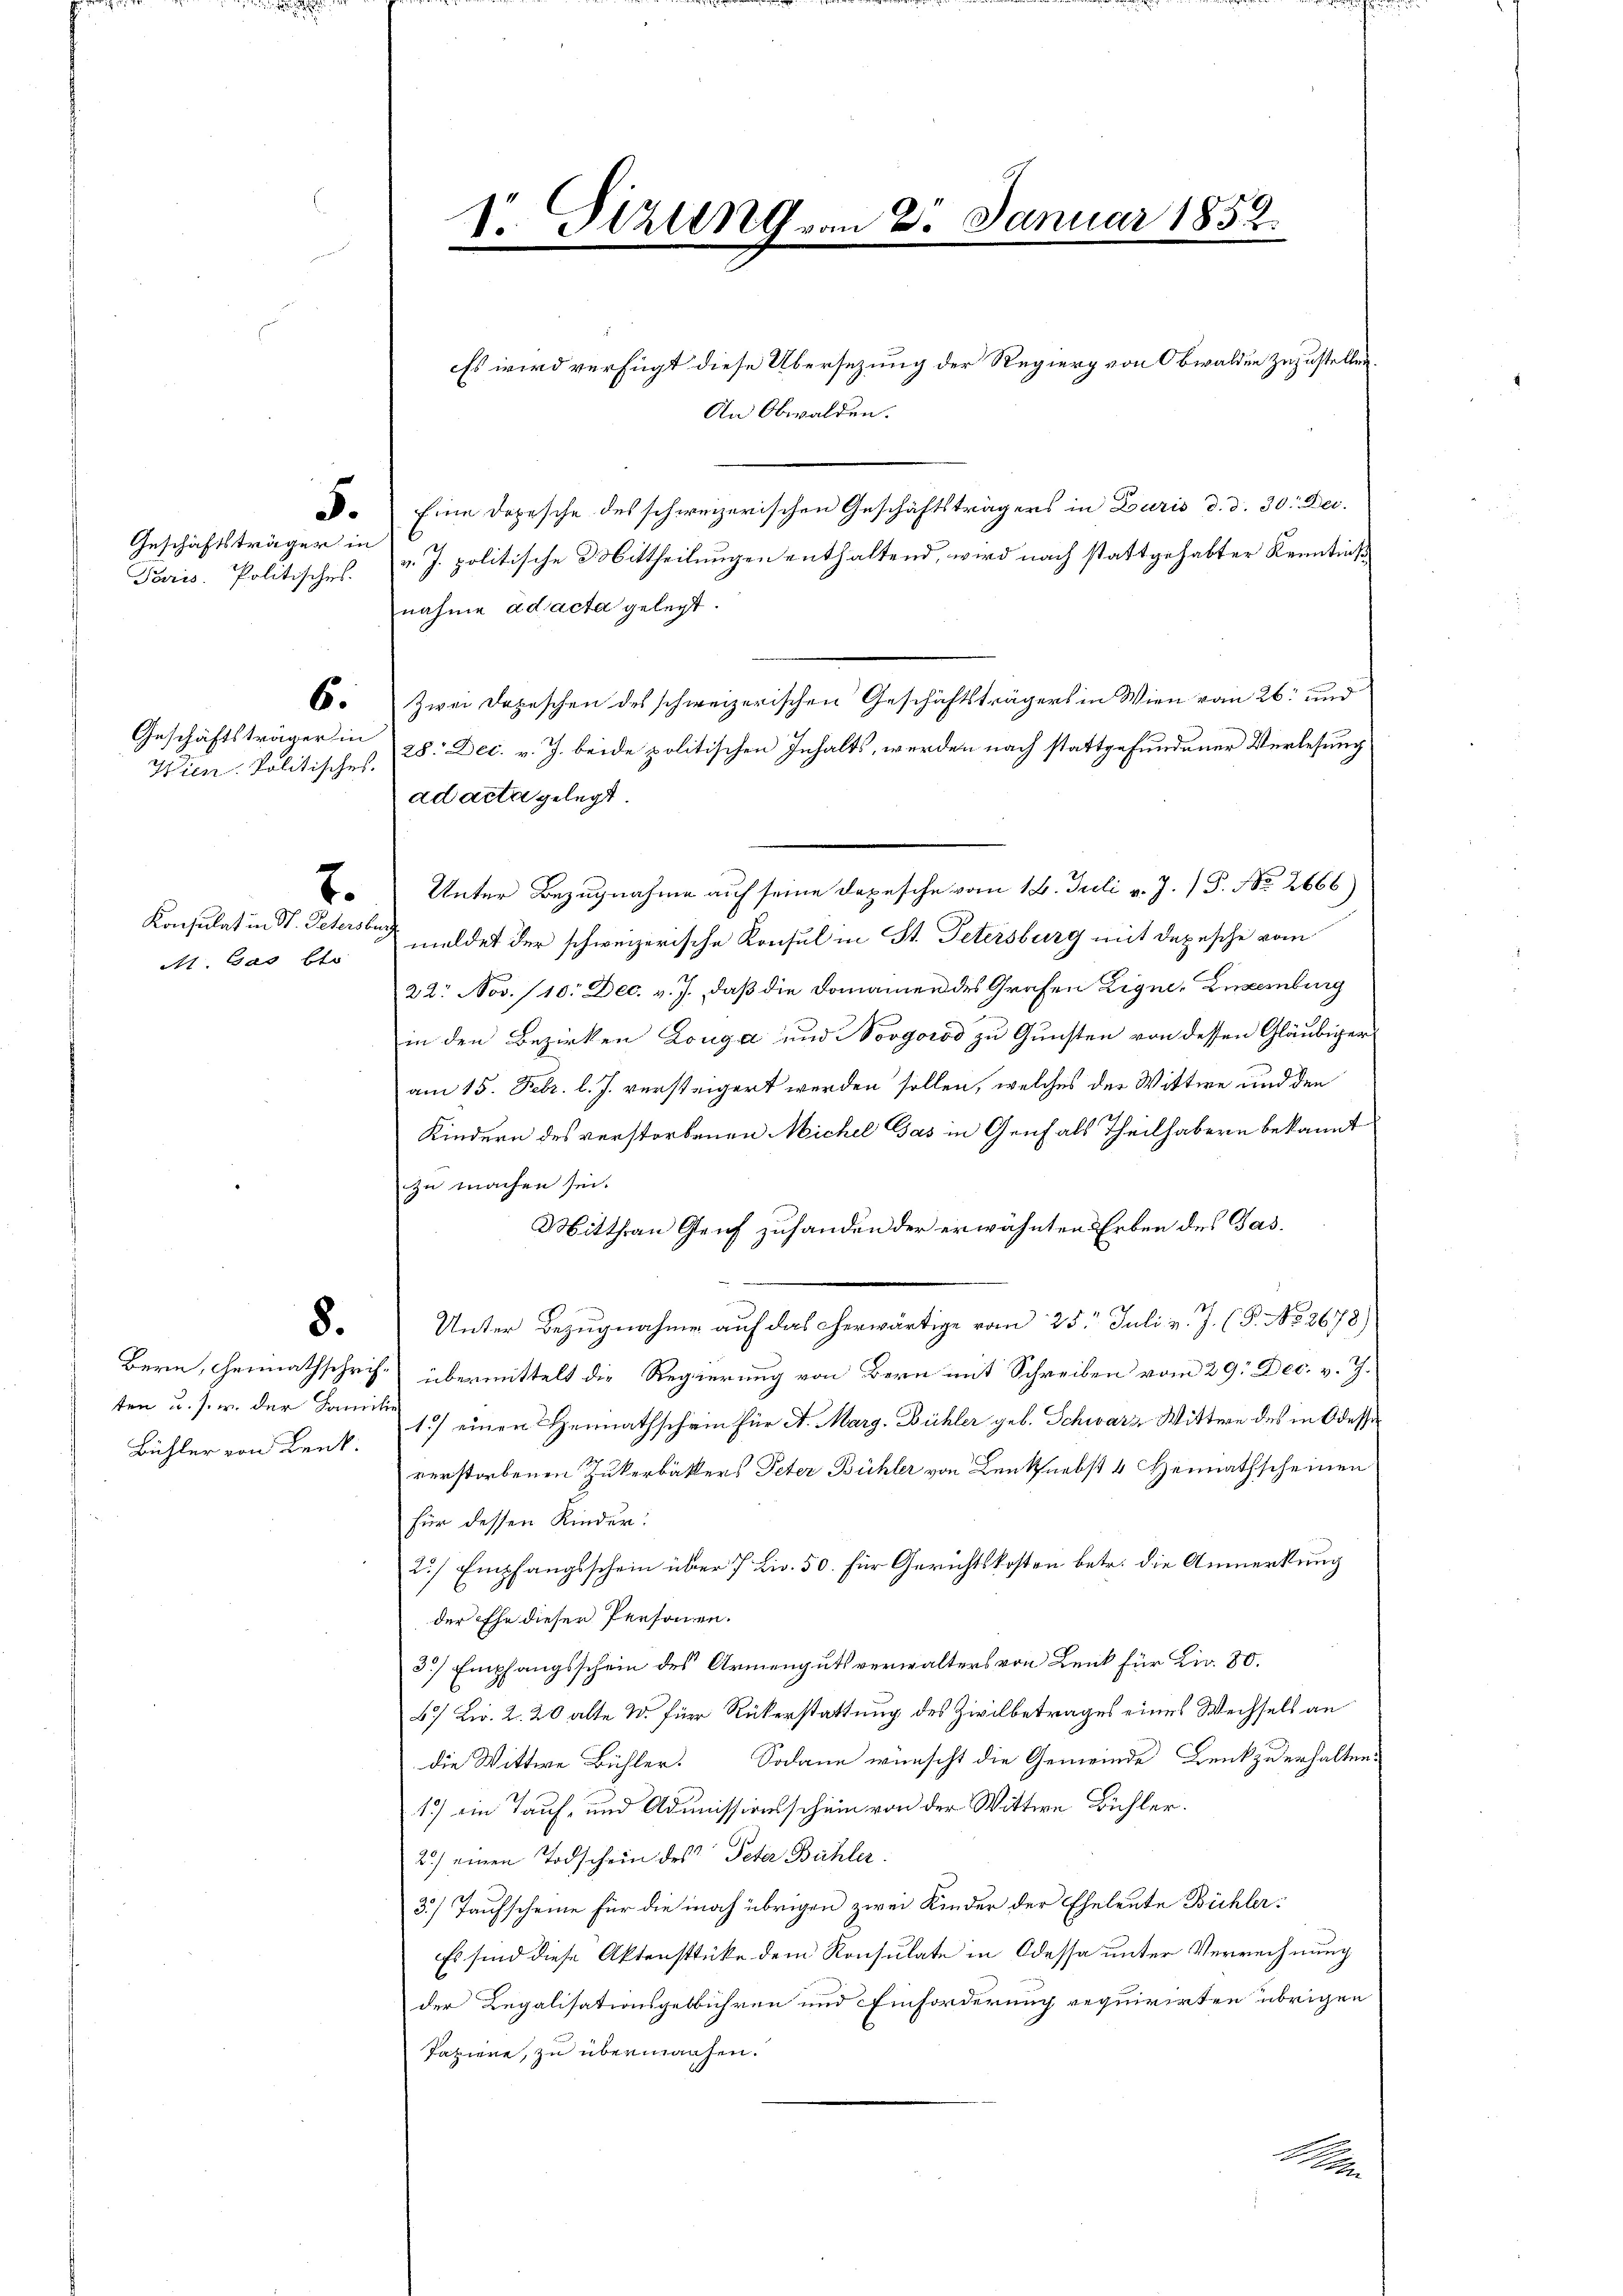
Geschäftsträger in
Paris. Politisches.

Geschäftsträger in
Wien Politisches.

6.

At. Gas blo

7.

8.

ten u. s. w. der Familie
Bühler von Lenk.

S. Sizung vom 2. Januar 1852.

Es wird verfügt diese Übersezung der Regierg von Obwalden zuzustellen.
An Obwalden.
d. Eine Depesche des schweizerischen Geschäftsträgers in Zuris d. d. 30. Dec.
v. J. politische Mittheilungen enthaltend, wird nach stattgehabter Kenntniß
nahme ad acta gelegt.
Zwei Depeschen des schweizerischen Geschäftsträgers in Wien vom 26. und
28. Dec. v. J. beide politischen Inhalts, werden nach stattgefundener Verlesung
ad acta gelegt
Unter Bezugnahme auf seine Depesche vom 18. Juli v. J. P. No. 2666)
Konsulat in St. Petersburg meldet der schweizerische Konsul in St. Petersburg mit Depesche vom
22. Nov. 10. Dec. v. J., daß die Domainen des Grafen Eigne, Luxenburg
in den Bezirken Louga und Norgorod zu Gunsten von dessen Gläubigeram 15. Febr. l. J. versteigert werden sollen, welches der Wittwe und den
Kindern des verstorbenen Michel Gas in Genf als Theilhabern bekannt
zu machen sei.
Mitthen Gleich zuhanden der erwähnten Erben des Gas¬
.
Unter Bezugnahme auf das herwärtige vom 25. Juli v. J. (P. No 2678).
Bern, Heimathschrift übermittelt die Regierung von Bern mit Schreiben vom 29. Dec. v. J.
1) einen Heimathschein für A. Marg. Bühler geb. Schwarz Wittwe des in Odessa
verstorbenen Zukerbäkers Peter Bühler von Lenknebst 4 Heimathscheinen
für dessen Kinder:
2./ Empfangsschein über 7 Liv. 50. für Gerichtskosten betr. die Anmerkung
der Ehe dieser Personen.
3.) Empfangsschein des Armengutsverwalters von Lenk für Lir. 80.
67 Lir. 2. 20 alte W. für Rükerstattung des Zivilbetrages eines Wechsels an
die Wittwe Bühler. Sodann wünscht die Gemeinde Denk zu erhalten:
1) ein Tauf- und Admissionsschein von der Wittwe Bühler.
2.) einen Todschein des Peter Bühler
3.) Taufscheine für die noch übrigen zwei Kinder der Eheleute Büchler¬
Es sind diese Aktenstücke dem Konsulate in Odessa unter Verrechnung
der Regalisationsgebühren und Einforderung requirirten übrigen
Taziere, zu übermachen.
Man